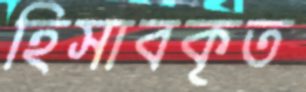
হিসাবকৃত